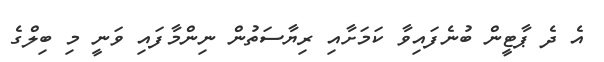
އެ ދެ ޕާޓީން ބުނެފައިވާ ކަމަށާއި ރިޔާސަތުން ނިންމާފައި ވަނީ މި ބިލްގެ